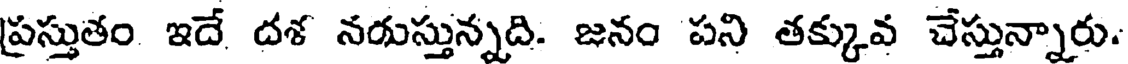
ప్రస్తుతం ఇదే దశ నరుస్తున్నది. జనం పని తక్కువ చేస్తున్నారు.